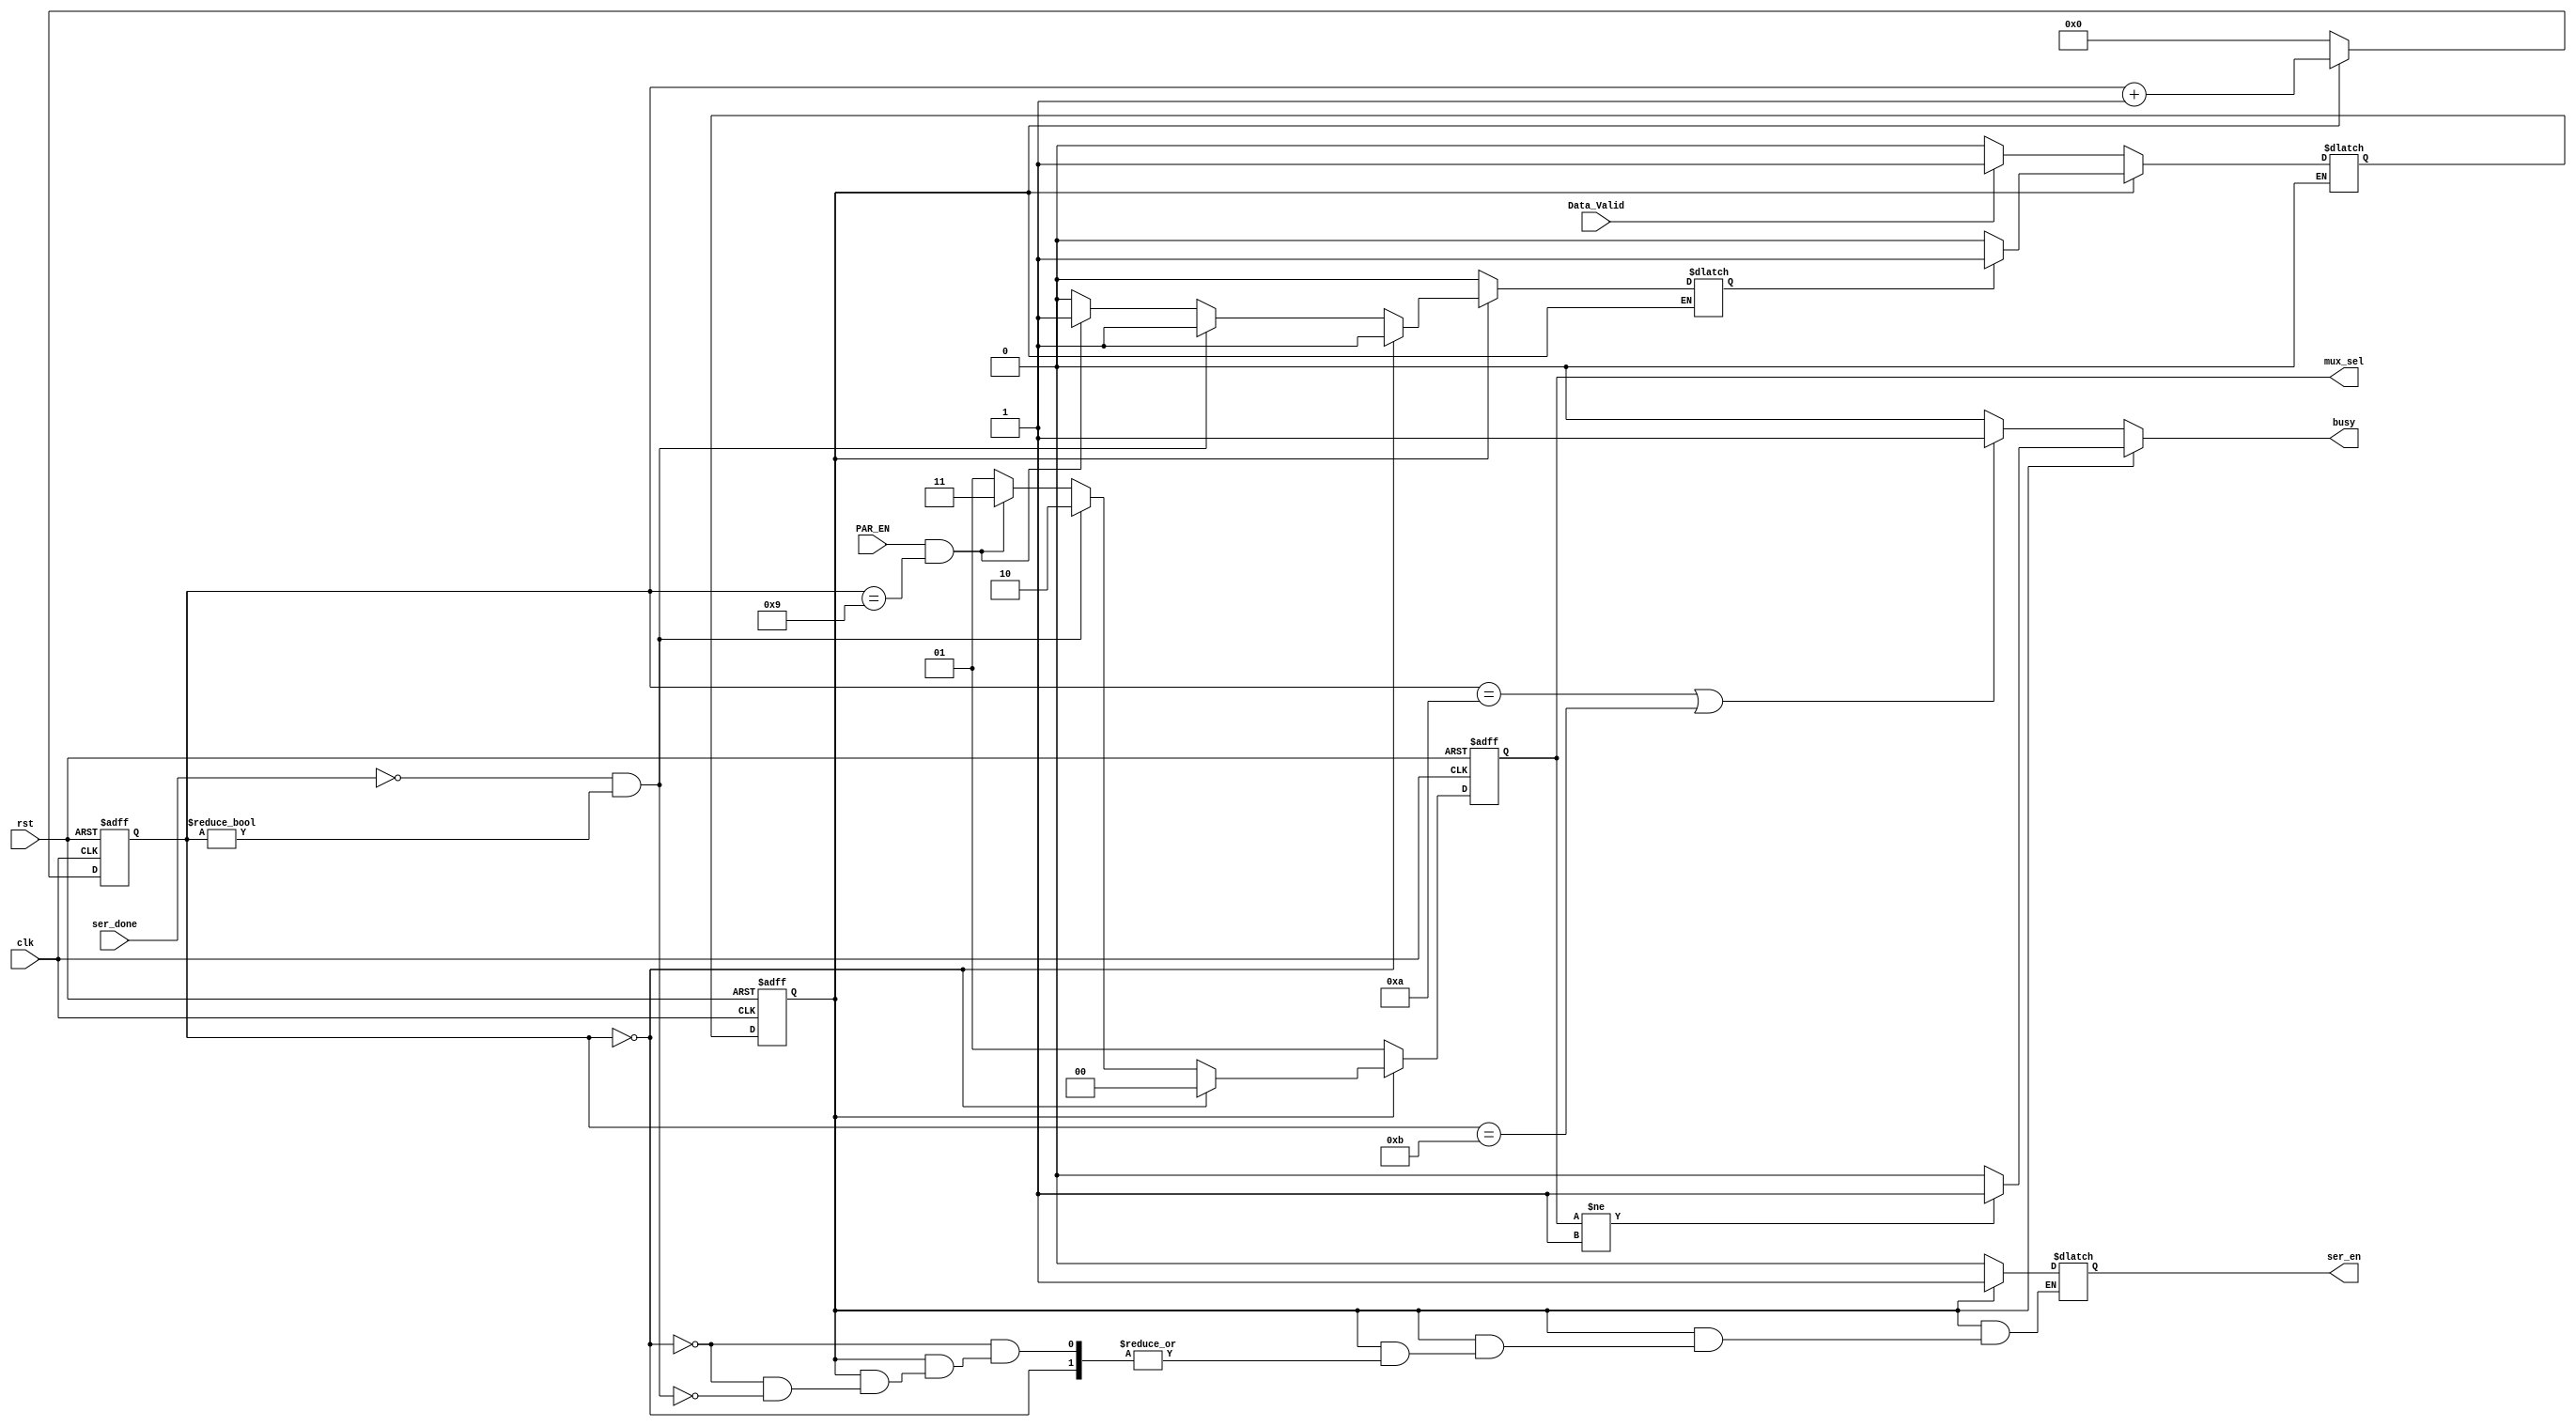
module FSM (
    input wire       Data_Valid,
    input wire       PAR_EN,
    input wire       ser_done,
    input wire       clk, rst,
    output reg       ser_en,
    output reg [1:0] mux_sel,
    output reg       busy
);

reg IDLE = 'b0;
reg OPRT = 'b1;

reg current;
reg next;

reg         proc_flag;
reg [3:0]   counter;
reg [1:0]   mux_sel_reg;

always @(posedge clk or negedge rst) begin
    if(!rst)
    begin
        current <= IDLE;
    end
    else
    begin
        current <= next;
    end
end


always @(*) begin
    case(current)
        IDLE : begin
            if(Data_Valid)
            begin
                next = OPRT;
            end
            else
            begin
                next = IDLE;
            end
        end
        OPRT : begin
            if(proc_flag)
            begin
                next = OPRT;
            end
            else
            begin
                next = IDLE;
            end
        end
    endcase
end

always @(*) begin
    case(current)
        IDLE : begin
            mux_sel_reg = 'b01;
            if(counter == 'd10 || counter == 'd11)
            begin
                busy = 'b1;
            end
            else
            begin
                busy = 'b0;
            end
            ser_en = 'b0;
        end
        OPRT : begin
            proc_flag   = 'b1;
            if(mux_sel != 'b1)
            begin
                busy  = 'b1;
            end
            else
            begin
                busy = 'b0;
            end
            if(counter == 'b0)
            begin
                mux_sel_reg = 'b00;
            end
            else if(!ser_done && counter!='b0)
            begin
                ser_en      = 'b1;
                mux_sel_reg = 'b10;
            end
            else if(PAR_EN && counter=='d9)
            begin
                mux_sel_reg = 'b11;
            end
            else
            begin
                mux_sel_reg = 'b01;
                proc_flag = 'b0;
            end
        end
        default : begin
            proc_flag = 'b0;
            mux_sel_reg = 'b01;
            ser_en = 'b0;
            busy = 'b0;
        end
    endcase
end
    

always @(posedge clk or negedge rst) begin
   if(!rst) 
   begin
    mux_sel <= 'b01;
   end
   else
   begin
    mux_sel <= mux_sel_reg;
   end
end

always @(posedge clk or negedge rst) begin
   if(!rst) 
   begin
    counter <= 'b0;
   end
   else if(current == OPRT)
   begin
    counter <= counter + 'b1;
   end
   else
   begin
    counter <= 'b0;
   end
end
    
    
endmodule